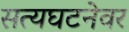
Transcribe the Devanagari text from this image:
सत्यघटनेवर